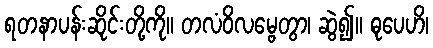
ရတနာပန်းဆိုင်းတို့ကို။ တလံဝိလမ္ဗေတွာ၊ ဆွဲ၍။ ဓုပေဟိ၊